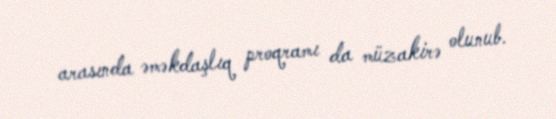
arasında əməkdaşlıq proqramı da müzakirə olunub.